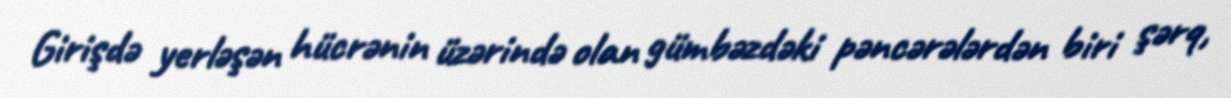
Girişdə yerləşən hücrənin üzərində olan gümbəzdəki pəncərələrdən biri şərq,